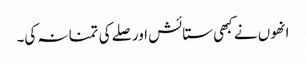
انھوں نے کبھی ستائش اور صلے کی تمنا نہ کی۔